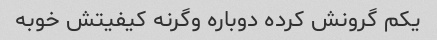
یکم گرونش کرده دوباره وگرنه کیفیتش خوبه